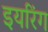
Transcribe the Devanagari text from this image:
इयरिंग